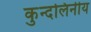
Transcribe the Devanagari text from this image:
कुन्दलिनीय